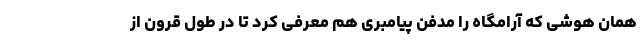
همان هوشی که آرامگاه را مدفن پیامبری هم معرفی کرد تا در طول قرون از